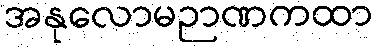
အနုလောမဉာဏကထာ